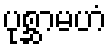
ပုစ္ဆာမဟံ